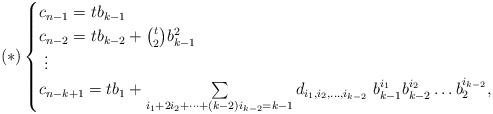
LaTeX: \begin{align*}(*)\begin{cases} c_{n-1}=t b_{k-1} \\ c_{n-2}=tb_{k-2}+{t \choose 2}b_{k-1}^2 \\ \ \vdots \\ c_{n-k+1}=tb_{1}+\sum\limits_{i_1+2i_2+\cdots+(k-2)i_{k-2}=k-1}^{} d_{i_1, i_2, \ldots, i_{k-2}}\ b_{k-1}^{i_1}b_{k-2}^{i_2}\ldots b_{2}^{i_{k-2}},\end{cases}\end{align*}